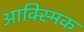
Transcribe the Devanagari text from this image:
आक्स्मिक